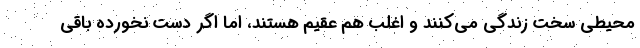
محیطی سخت زندگی می‌کنند و اغلب هم عقیم هستند، اما اگر دست نخورده باقی